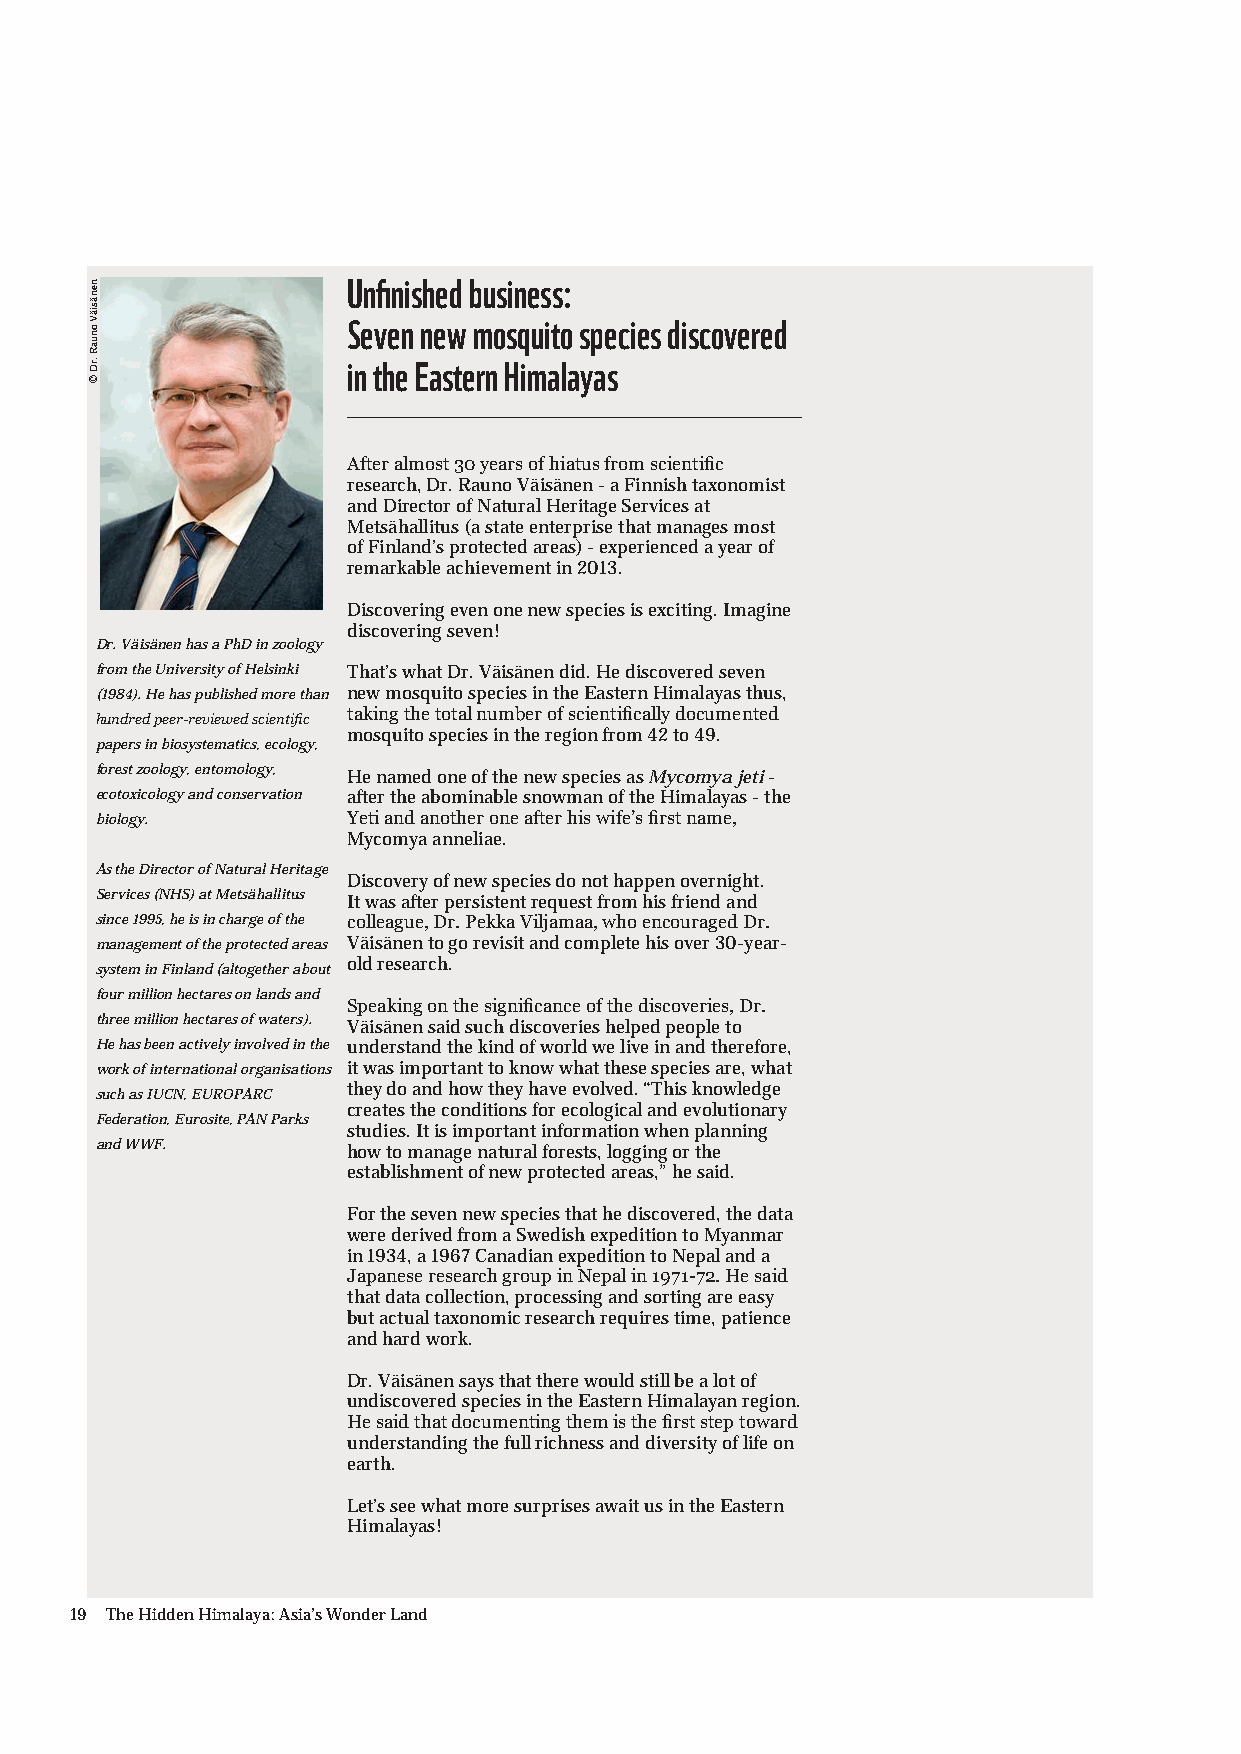
Unfinished business:
 Seven new mosquito species discovered
 in the Eastern Himalayas
 After almost 30 years of hiatus from scientific
 research, Dr. Rauno Väisänen - a Finnish taxonomist
 and Director of Natural Heritage Services at
 Metsähallitus (a state enterprise that manages most
 of Finland’s protected areas) - experienced a year of
 remarkable achievement in 2013.
 Discovering even one new species is exciting. Imagine
 discovering seven!
 Dr. Väisänen has a PhD in zoology
 from the University of Helsinki That’s what Dr. Väisänen did. He discovered seven
 (1984). He has published more than new mosquito species in the Eastern Himalayas thus,
 taking the total number of scientifically documented
 hundred peer-reviewed scientific
 mosquito species in the region from 42 to 49.
 papers in biosystematics, ecology,
 forest zoology, entomology, He named one of the new species as Mycomya jeti -
 ecotoxicology and conservation after the abominable snowman of the Himalayas - the
 biology.         Yeti and another one after his wife’s first name,
 Mycomya anneliae.
 As the Director of Natural Heritage
 Discovery of new species do not happen overnight.
 Services (NHS) at Metsähallitus It was after persistent request from his friend and
 since 1995, he is in charge of the colleague, Dr. Pekka Viljamaa, who encouraged Dr.
 management of the protected areas Väisänen to go revisit and complete his over 30-year-
 old research.
 system in Finland (altogether about
 four million hectares on lands and
 Speaking on the significance of the discoveries, Dr.
 three million hectares of waters). Väisänen said such discoveries helped people to
 He has been actively involved in the understand the kind of world we live in and therefore,
 work of international organisations it was important to know what these species are, what
 they do and how they have evolved. “This knowledge
 such as IUCN, EUROPARC
 creates the conditions for ecological and evolutionary
 Federation, Eurosite, PAN Parks
 studies. It is important information when planning
 and WWF.         how to manage natural forests, logging or the
 establishment of new protected areas,” he said.
 For the seven new species that he discovered, the data
 were derived from a Swedish expedition to Myanmar
 in 1934, a 1967 Canadian expedition to Nepal and a
 Japanese research group in Nepal in 1971-72. He said
 that data collection, processing and sorting are easy
 but actual taxonomic research requires time, patience
 and hard work.
 Dr. Väisänen says that there would still be a lot of
 undiscovered species in the Eastern Himalayan region.
 He said that documenting them is the first step toward
 understanding the full richness and diversity of life on
 earth.
 Let’s see what more surprises await us in the Eastern
 Himalayas!
 19 The Hidden Himalaya: Asia’s Wonder Land
 nenäsiäV
 onuaR
 .rD
 ©